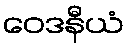
ဝေဒနီယံ